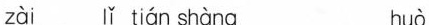
zài lǐ tián shàng huò